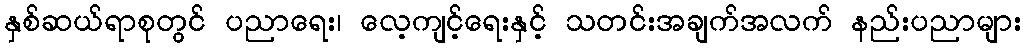
နှစ်ဆယ်ရာစုတွင် ပညာရေး၊ လေ့ကျင့်ရေးနှင့် သတင်းအချက်အလက် နည်းပညာများ